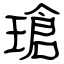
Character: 瑲